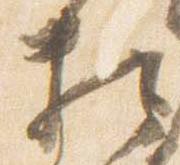
相